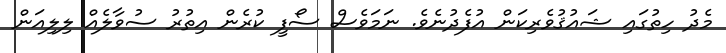
މެދު ހިތުގައި ޝައުޤުވެރިކަން އުފެދުނެވެ. ނަމަވެސް ސޯފީ ކުރެން އިތުރު ސުވާލެއް ލިލިއަން